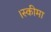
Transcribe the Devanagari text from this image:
।स्कीमा